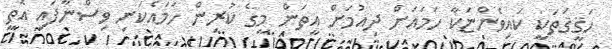
ހަޤީޤަތަކީ ކައިވެންޏަކާ ހަމައަށް ދިއުމަށް އީތަން މީގެ ކުރިން ހަމައެކަނި ވިސްނާފައި އޮތީ